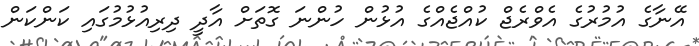
އޭނާގެ އުމުރުގެ އެވްރެޖް ކުއްޖެއްގެ އުޅުން ހުންނަ ގޮތަށް އާދީ ދިރިއުޅުމުގައި ކަންކަން